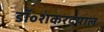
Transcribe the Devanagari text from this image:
डॉ॰शंकरदयाल